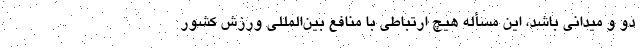
دو و میدانی باشد، این مسأله هیچ ارتباطی با منافع بین‌المللی ورزش کشور